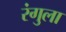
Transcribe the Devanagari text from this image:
रंगुला